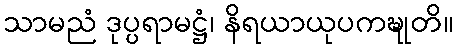
သာမညံ ဒုပ္ပရာမဋ္ဌံ၊ နိရယာယုပကဍ္ဎုတိ။